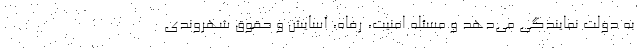
به دولت نمایندگی می‌دهد و مسئله امنیت، رفاه، آسایش و حقوق شهروندی